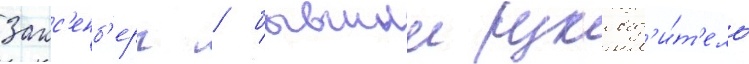
Закс'енб'ерг / бывшии руковод'и́т'ель